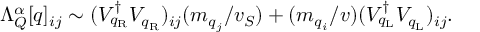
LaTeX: \Lambda _ { \cal Q } ^ { \alpha } [ q ] _ { i j } \sim ( V _ { q _ { \mathrm { R } } } ^ { \dagger } V _ { q _ { \mathrm { R } } } ) _ { i j } ( m _ { q _ { j } } / v _ { S } ) + ( m _ { q _ { i } } / v ) ( V _ { q _ { \mathrm { L } } } ^ { \dagger } V _ { q _ { \mathrm { L } } } ) _ { i j } .